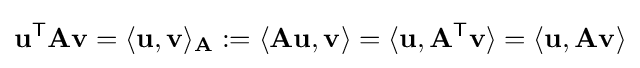
\mathbf {u} ^{\mathsf {T}}\mathbf {A} \mathbf {v} =\langle \mathbf {u} ,\mathbf {v} \rangle _{\mathbf {A} }:=\langle \mathbf {A} \mathbf {u} ,\mathbf {v} \rangle =\langle \mathbf {u} ,\mathbf {A} ^{\mathsf {T}}\mathbf {v} \rangle =\langle \mathbf {u} ,\mathbf {A} \mathbf {v} \rangle